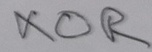
Text: XOR